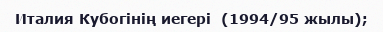
Италия Кубогінің иегері  (1994/95 жылы);